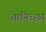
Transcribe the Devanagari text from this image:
आनिच्छा